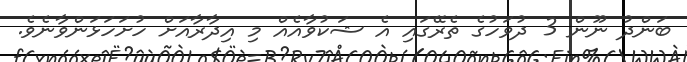
ބަންދު ނޫން 3 ދުވަހުގެ ތެރޭގައި އެ ޝަކުވާއެއް މި އިދާރާއަށް ހުށަހަޅަންވާނެވެ.